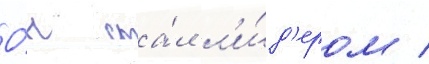
О́н ста́л л'и́д'ером /